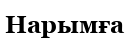
Нарымға